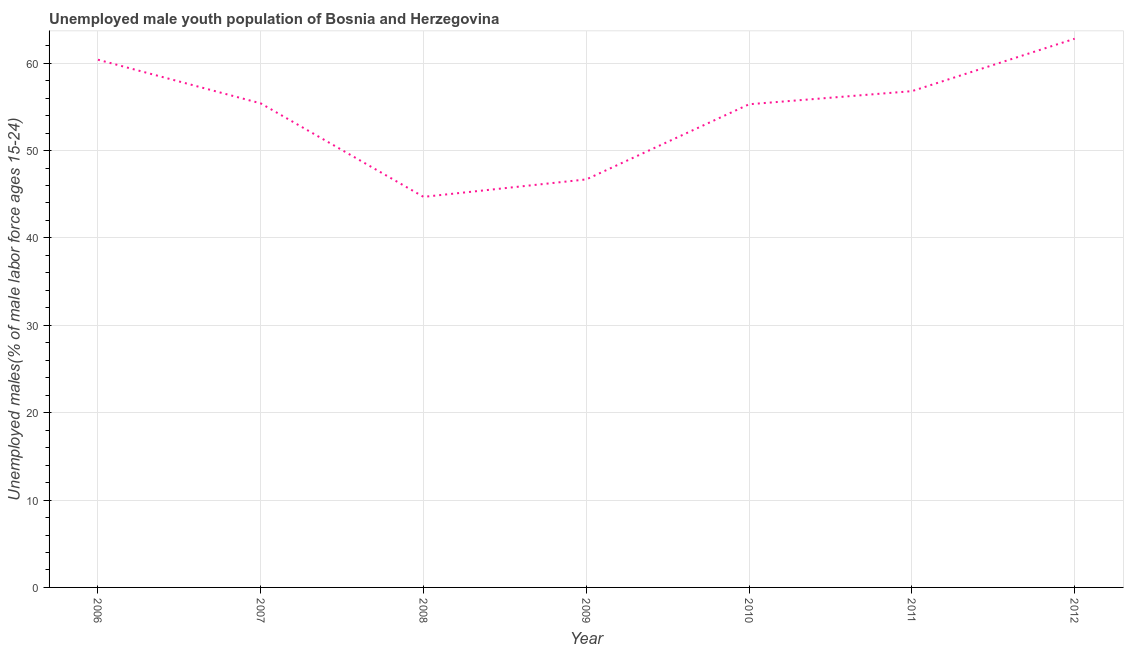
| Year | Unemployment youth male |
 | --- | --- |
 | 2006 | 60.4 |
 | 2007 | 55.4 |
 | 2008 | 44.7 |
 | 2009 | 46.7 |
 | 2010 | 55.3 |
 | 2011 | 56.8 |
 | 2012 | 62.8 |